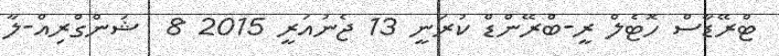
ޓްރޭޑާސް ހޮޓެލް ރީ-ބްރޭންޑް ކުރަނީ 13 ޖެނުއަރީ 2015 8  ޝަންގްރިއް-ލާ